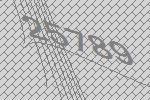
25789